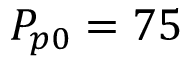
P _ { p 0 } = 7 5